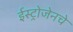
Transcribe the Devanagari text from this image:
ईस्ट्रोजेनचे